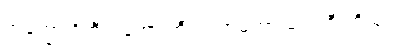
အက္ခော ဝိဘီတကော တီသု၊ အမတာ’မလကီ တိသု။